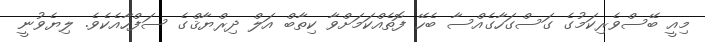
މިއީ ބޭސްވެރިކަމުގެ ގަސްގަހާގެއްސާ ބެހޭ ފޮތެއްކަމަށްވާ ކިތާބް އަލް ދިރްޔާޤްގެ ސަފްހާއެކެވެ. ލިޔެވުނީ